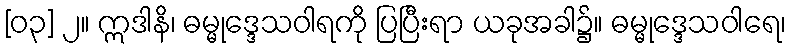
[၀၃] ၂။ ဣဒါနိ၊ ဓမ္မုဒ္ဒေသဝါရကို ပြပြီးရာ ယခုအခါ၌။ ဓမ္မုဒ္ဒေသဝါရေ၊